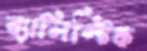
ব্যালিস্টিক